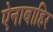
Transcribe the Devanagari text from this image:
ऐनाबाहिर